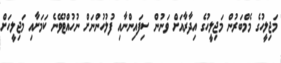
މަޖިލީހުގެ މެމްބަރުން މަޖިލީހުގެ އިދާރާއަށް ވަނުން ސިފައިންނާއި ފުލުހުންނަށް ނުހުއްޓުވޭނެ ކަމަށާއި މަޖިލީހަށް